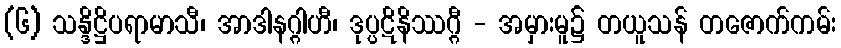
(၆) သန္ဒိဋ္ဌိပရာမာသီ၊ အာဒါနဂ္ဂါဟီ၊ ဒုပ္ပဋိနိဿဂ္ဂီ - အမှားမူ၌ တယူသန် တဇောက်ကမ်း